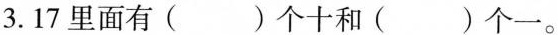
3.17里面有( )个十和( )个一。